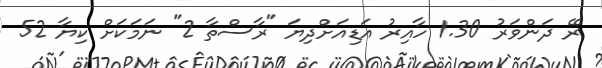
ރޭ ދަންވަރު 1.30 ހާއިރު އަޑިއަށްދިޔަ "ރާސްތާ 2" ނަމަކަށް ކިޔާ 52